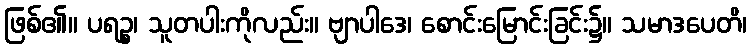
ဖြစ်၏။ ပရဉ္စ၊ သူတပါးကိုလည်း။ ဗျာပါဒေ၊ စောင်းမြောင်းခြင်း၌။ သမာဒပေတိ၊